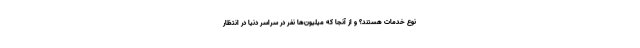
نوع خدمات هستند؟ و از آنجا که میلیون‌ها نفر در سراسر دنیا در انتظار